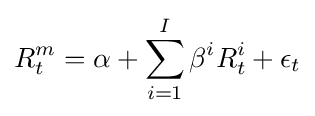
R_{t}^{m}=\alpha +\sum \limits _{i=1}^{I}\beta ^{i}R_{t}^{i}+\epsilon _{t}